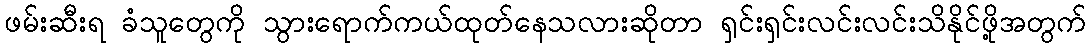
ဖမ်းဆီးရ ခံသူတွေကို သွားရောက်ကယ်ထုတ်နေသလားဆိုတာ ရှင်းရှင်းလင်းလင်းသိနိုင်ဖို့အတွက်